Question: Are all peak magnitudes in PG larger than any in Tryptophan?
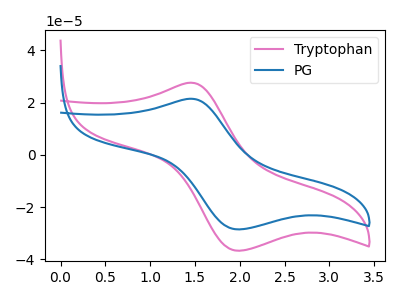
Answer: <think>The pink curve "Tryptophan" has an anodic peak at (1.45V, 27.65uA) and a cathodic peak at (2.00V, -36.80uA). The blue curve "PG" has an anodic peak at (1.45V, 21.50uA) and a cathodic peak at (2.00V, -28.60uA).</think>
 <answer>Every peak in "PG" is lower than every peak in "Tryptophan".</answer>
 <eval>lower</eval>